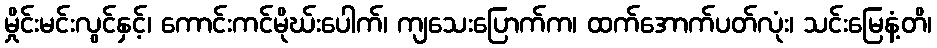
မှိုင်းမင်းလွင်နှင့်၊ ကောင်းကင်မိုဃ်းပေါက်၊ ကျသေးပြောက်က၊ ထက်အောက်ပတ်လုံး၊ သင်းမြေနံ့တိ၊